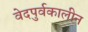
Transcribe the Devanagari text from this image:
वेदपुर्वकालीन